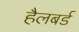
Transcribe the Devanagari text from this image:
हैलबर्ड